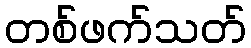
တစ်ဖက်သတ်